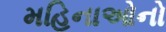
મહિનાઓનો